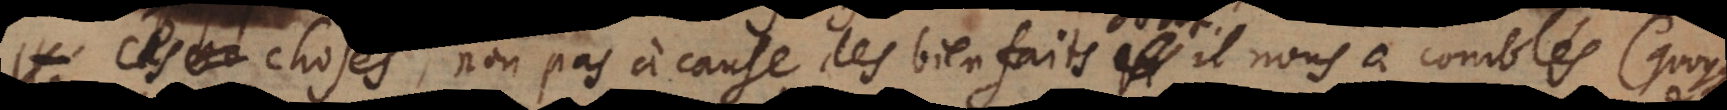
choses, non pas à cause des bienfaits dont il nous a comblés (quoyque